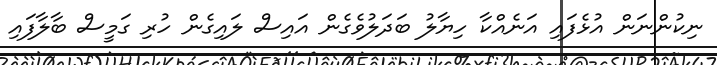
ނިކުންނަން އުޅެފައި އަނެއްކާ ހިޔާލު ބަދަލުވެގެން އައިސް ލައިގެން ހުރި ގަމީސް ބާލާފައި